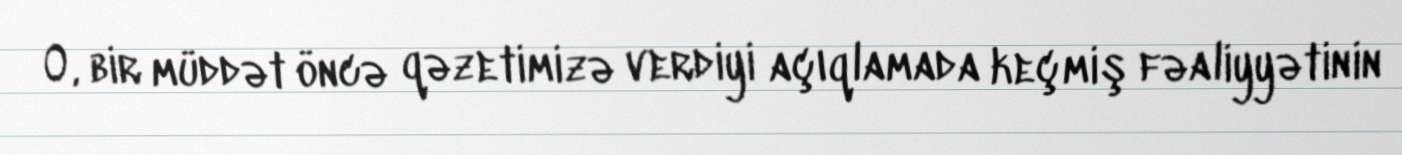
O, bir müddət öncə qəzetimizə verdiyi açıqlamada keçmiş fəaliyyətinin